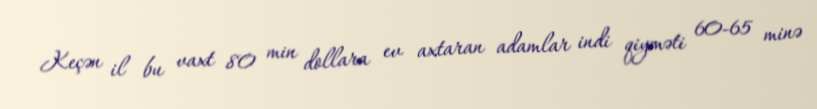
Keçən il bu vaxt 80 min dollara ev axtaran adamlar indi qiyməti 60-65 minə